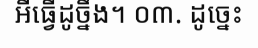
អីធ្វើដូច្នឹង។ ០៣. ដូច្នេះ